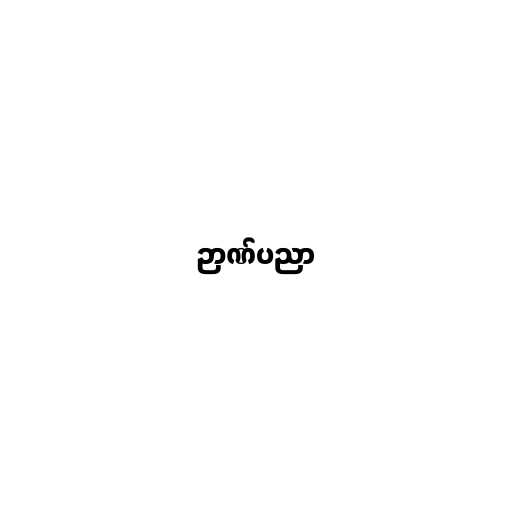
ဉာဏ်ပညာ